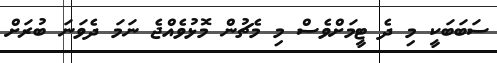
ސަބަބަކީ މި ދެ ޓީމަށްވެސް މި މެޗުން މޮޅުވެއްޖެ ނަމަ ދެވަނަ ބުރަށް